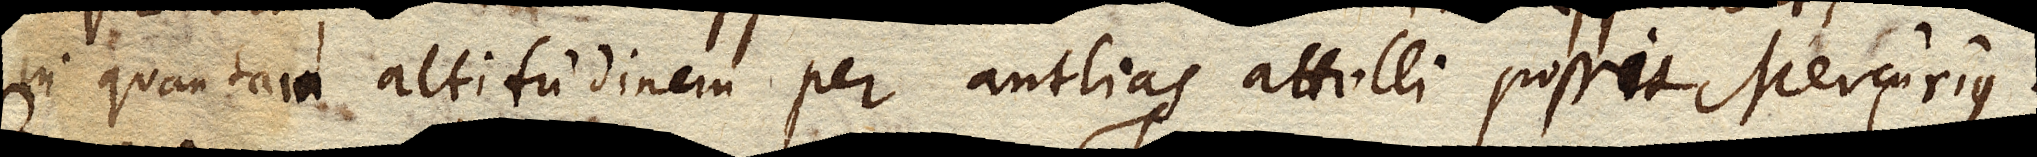
in quantam altitudinem per antlias attolli possit Mercurius.